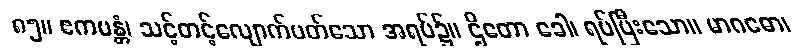
၈၅။ ဧကမန္တံ၊ သင့်တင့်လျောက်ပတ်သော အရပ်၌။ ဌိတော ခေါ၊ ရပ်ပြီးသော။ မာဂဓော၊